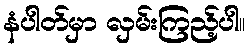
နံပါတ်မှာ လှမ်းကြည့်ပါ။